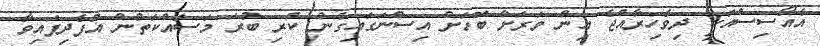
އެއޯސިސްއަކީ ދިވެހިރާއްޖެ އިން ވަރަށް ބޮޑަށް އިސްނަގައިގެން ކުރި ބުރަ މަސައްކަތުން އުފެދިފައިވާ